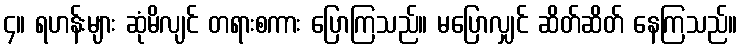
၄။ ရဟန်းများ ဆုံမိလျင် တရားစကား ပြောကြသည်။ မပြောလျှင် ဆိတ်ဆိတ် နေကြသည်။